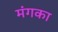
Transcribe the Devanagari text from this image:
मंगका